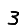
Digit: 3